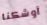
أوشكنا